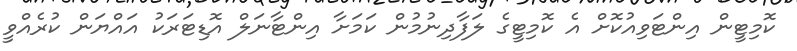
ކޮމިޓީން އިންޓަވިއުކޮށް އެ ކޮމިޓީގެ ލަފާދިނުމުން ކަމަށާ އިންޓާނަލް އޮޑިޓަރަކު އައްޔަން ކުރެއްވީ